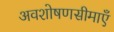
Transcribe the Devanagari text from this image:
अवशोषणसीमाएँ